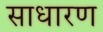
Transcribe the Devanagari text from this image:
साधारण्‍ा